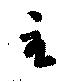
主